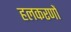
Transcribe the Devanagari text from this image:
हलकरणों